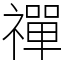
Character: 禪